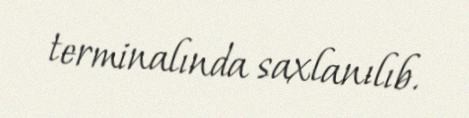
terminalında saxlanılıb.